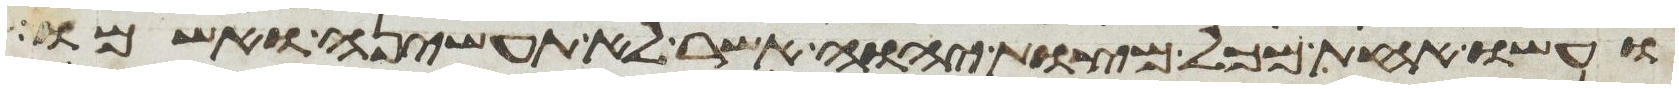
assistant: ועשו אחת מכל מצות יהוה אשר לא תעשיהן ואשמו